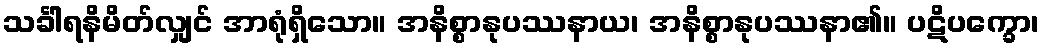
သင်္ခါရနိမိတ်လျှင် အာရုံရှိသော။ အနိစ္စာနုပဿနာယ၊ အနိစ္စာနုပဿနာ၏။ ပဋိပက္ခော၊